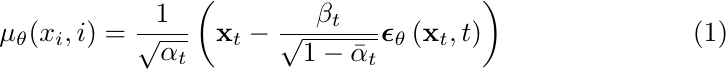
\begin{equation}\label{eq4}
    \mu_{\theta}(x_{i}, i) = \frac{1}{\sqrt{\alpha_{t}}}\left(\mathbf{x}_{t}-\frac{\beta_{t}}{\sqrt{1-\bar{\alpha}_{t}}} \boldsymbol{\epsilon}_{\theta}\left(\mathbf{x}_{t}, t\right)\right)
\end{equation}